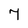
Character: 7